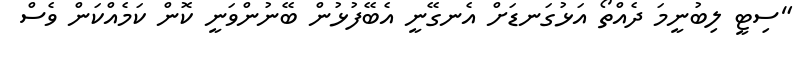
"ސިޓީ ލިބުނީމަ ދެއްތޯ އަޅުގަނޑަށް އެނގޭނީ އެބޭފުޅުން ބޭނުންވަނީ ކޮން ކަމެއްކަން ވެސް